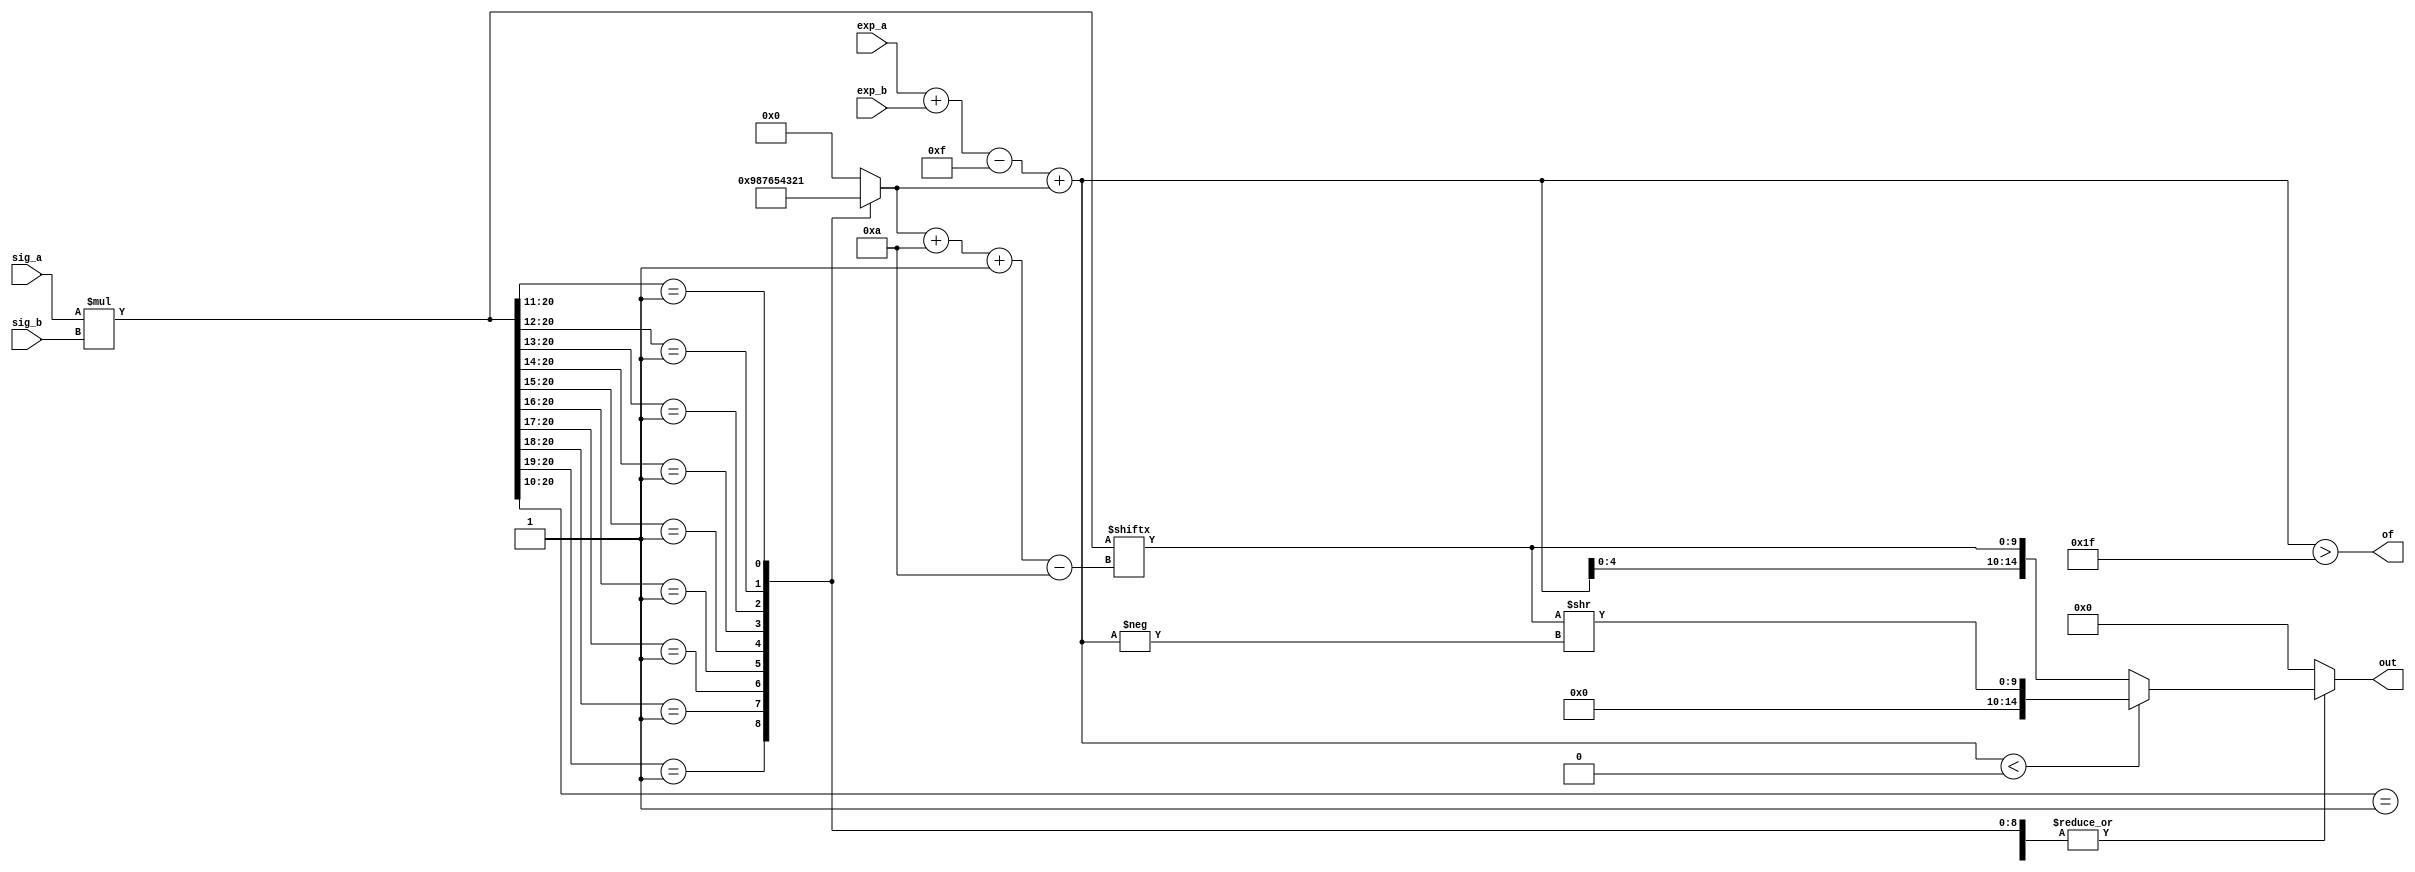
module abs_float_multiplier(exp_a, exp_b, sig_a, sig_b, out, of);

  input[4:0] exp_a;
  input[4:0] exp_b;
  input[10:0] sig_a;
  input[10:0] sig_b;
  output reg[14:0] out;
  output of;

  wire signed[6:0] exp_c_na = exp_a + exp_b - 7'hF;

  wire[20:0] ext_sig_c = sig_a * sig_b;
  reg [3:0] shf;
  reg subn;

  always @(*) begin
    subn = 0;
    casez(ext_sig_c)
      20'b1zzzzzzzzzzzzzzzzzzz: shf = 4'h9;
      20'b01zzzzzzzzzzzzzzzzzz: shf = 4'h8;
      20'b001zzzzzzzzzzzzzzzzz: shf = 4'h7;
      20'b0001zzzzzzzzzzzzzzzz: shf = 4'h6;
      20'b00001zzzzzzzzzzzzzzz: shf = 4'h5;
      20'b000001zzzzzzzzzzzzzz: shf = 4'h4;
      20'b0000001zzzzzzzzzzzzz: shf = 4'h3;
      20'b00000001zzzzzzzzzzzz: shf = 4'h2;
      20'b000000001zzzzzzzzzzz: shf = 4'h1;
      20'b0000000001zzzzzzzzzz: shf = 4'h0;
      default : begin subn = 1; shf = 4'h0; end
    endcase
  end

  wire[9:0] sig_c = ext_sig_c[shf + 10 -: 10];
  wire signed[6:0] exp_c_sh = exp_c_na + shf;
  wire[6:0] uexpcsh = -exp_c_sh;
  assign of = exp_c_sh > 5'b11111;

  always @(*) begin
    if(subn) out = 14'b0;
    else if(exp_c_sh < 0) out = {5'b0, sig_c >> uexpcsh};
    else out = {exp_c_sh[4:0], sig_c};
  end

endmodule